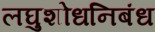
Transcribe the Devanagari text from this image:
लघुशोधनिबंध